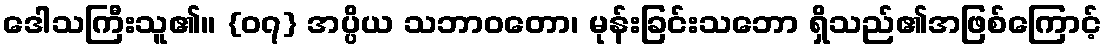
ဒေါသကြီးသူ၏။ {၀၇} အပ္ပိယ သဘာဝတော၊ မုန်းခြင်းသဘော ရှိသည်၏အဖြစ်ကြောင့်